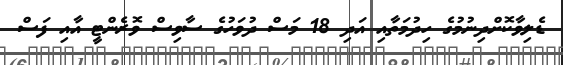
ޑެލިވާކޮށްދިނުމުގެ ހިދުމަތާއި އަދި 18 މަސް ދުވަހުގެ ސާވިސް ވޮރެންޓީ އާއި ފަސް